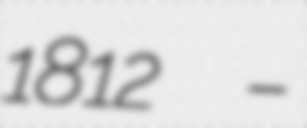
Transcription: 1812  –